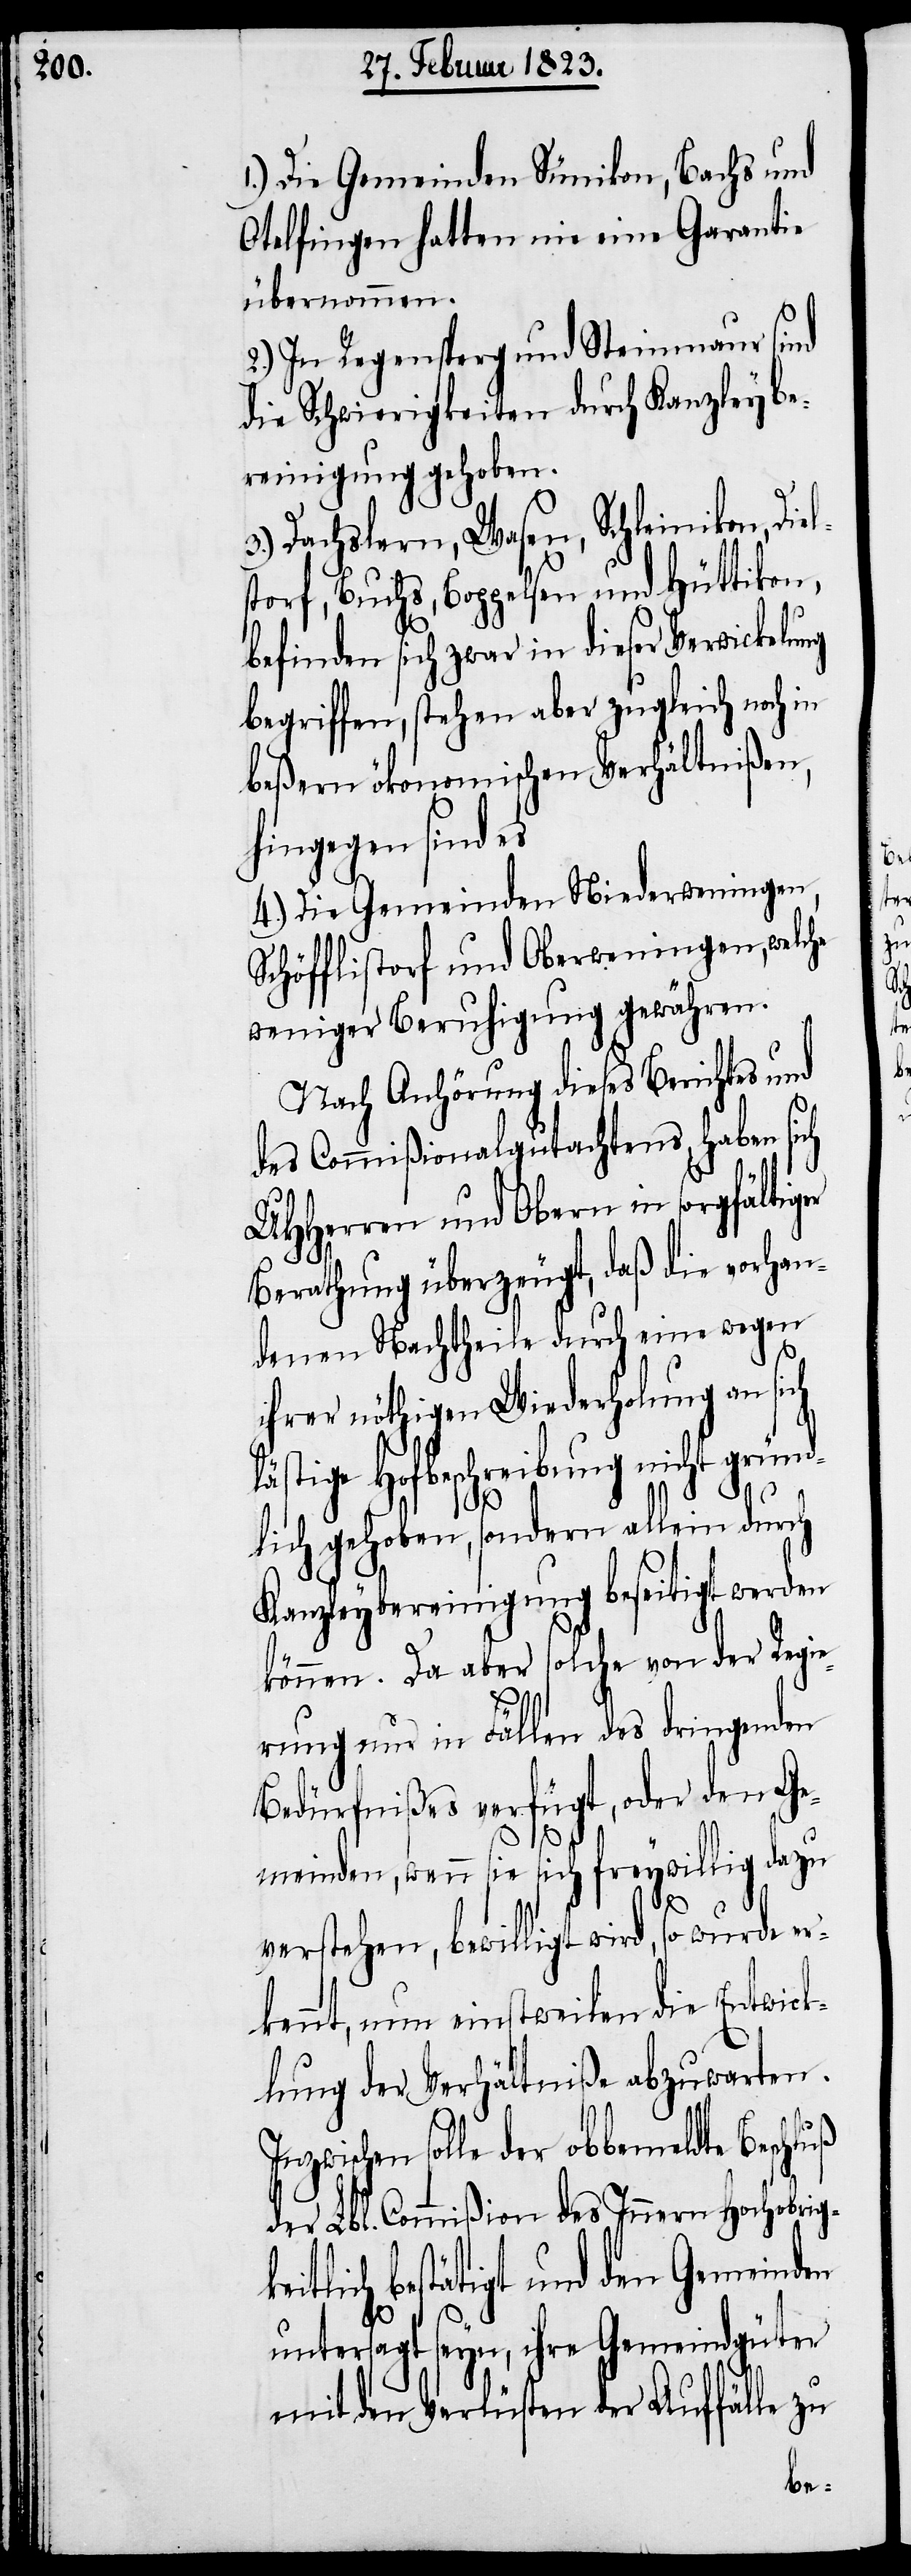
1.) Die Gemeinden Sünikon, Bachs und
Otelfingen hatten nie eine Garantie
übernommen.
2.) In Regensperg und Steinmaur sind
die Schwierigkeiten durch Kanzleybe¬
reinigung gehoben.
3.) Dachslern, Wasen, Schleinikon, Die¬
torf, Buchs, Boppelsen und Hüttikon,
befinden sich zwar in dieser Verwickelung
begriffen, stehen aber zugleich noch in
beßern ökonomischen Verhältnißen,
hingegen sind es
4.) Die Gemeinden Niederweningen,
Schöfflistorf und Oberweningen, welche
weniger Beruhigung gewähren.
Nach Anhörung dieses Berichtes und
des Commißionalgutachtens, haben si¬
UHHerren und Obern in sorgfältiger
Berathung überzeugt, daß die vorhan¬
denen Nachtheile durch eine wegen
ihrer nöthigen Wiederholung an sich
lästige Hofbeschreibung nicht gründ¬
I¬
lich gehoben, sondern allein durch
Kanzleybereinigung beseitigt werden
können. Da aber solche von der Regie¬
rung nur in Fällen des dringenden
Bedürfnißes verfügt, oder den Ge¬
meinden, wenn sie sich freywillig dazu
ls¬
verstehen, bewilligt wird, so wurde er¬
kennt, nun einstweilen die Entwick¬
lung der Verhältniße abzuwarten.
nzwischen solle der obbemeldte
der Lbl. Commißion des Innern Hochobrigke¬
itlich bestätigt und den Gemeinden
untersagt seyn, ihre Gemeindgüter
mit den Verlüsten der Auffälle zu